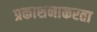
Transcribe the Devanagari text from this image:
प्रकाशनाकरता